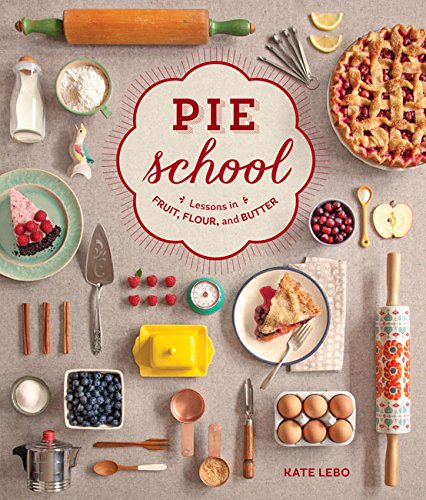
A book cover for Pie School: Lessons in Fruit, Flour & Butter; Kate Lebo; Cookbooks, Food & Wine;